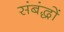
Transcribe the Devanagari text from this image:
संबंद्धों